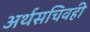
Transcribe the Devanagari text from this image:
अर्थसचिवही